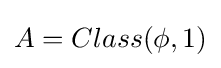
A=Class(\phi ,1)